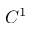
C ^ { 1 }